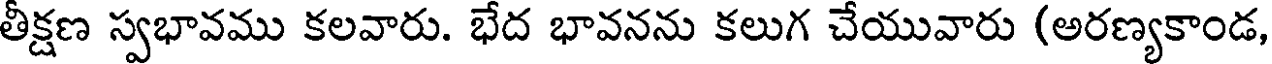
తీక్షణ స్వభావము కలవారు. భేద భావనను కలుగ చేయువారు (అరణ్యకాండ,